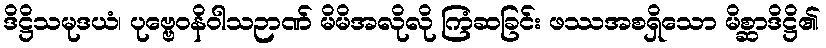
ဒိဋ္ဌိသမုဒယံ၊ ပုဗ္ဗေဝနိဝါသဉာဏ် မိမိအလိုလို ကြံဆခြင်း ဖဿအစရှိသော မိစ္ဆာဒိဋ္ဌိ၏